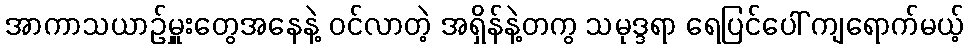
အာကာသယာဉ်မှူးတွေအနေနဲ့ ဝင်လာတဲ့ အရှိန်နဲ့တကွ သမုဒ္ဒရာ ရေပြင်ပေါ် ကျရောက်မယ့်